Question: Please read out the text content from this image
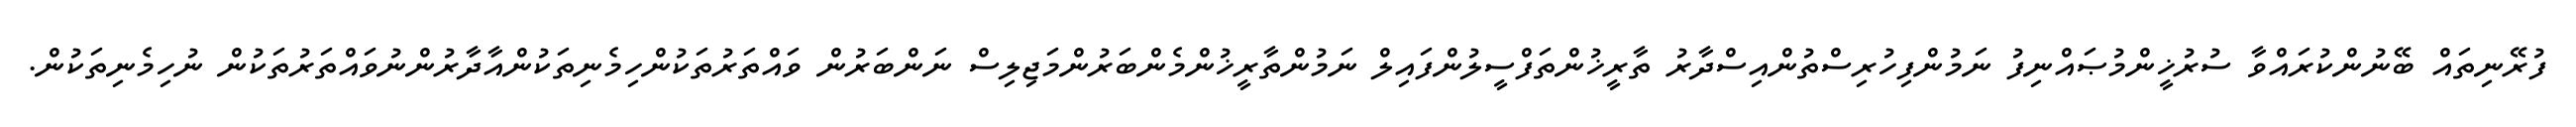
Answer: ފުރޭނިތައް ބޭނުންކުރައްވާ ސުރުޚީންމުޞައްނިފު ނަމުންފިހުރިސްތުންއިސްދާރު ތާރީޚުންތަފްސީލުންފައިލް ނަމުންތާރީޚުންމެންބަރުންމަޖިލިސް ނަންބަރުން ވައްތަރުތަކުންހިމެނިތަކުންއާދާރުންނުވައްތަރުތަކުން ނުހިމެނިތަކުން.